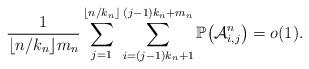
LaTeX: \begin{align*} \frac{1}{\lfloor n/k_n\rfloor m_n}\sum_{j=1}^{\lfloor n/k_n\rfloor}\sum_{i=(j-1)k_n+1}^{(j-1)k_n+m_n}\mathbb{P} \bigl(\mathcal{A}_{i,j}^n \bigr) = o(1).\end{align*}